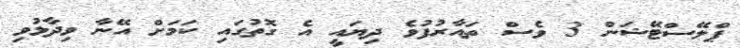
ޕްލޭސްޓޭޝަން 3 ވެސް ތައާރުފުވެ ދިޔައީ އެ ގޮތުގައި ކަމަށް އޭނާ ވިދާޅުވި